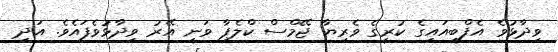
ވިދާޅުވެ އެފްބީއައިގެ ކުރީގެ ވެރިޔާ ޖޭމްސް ކްލެޕާ ވަނީ އޭރު ވިދާޅުވެފައެވެ. އަދި